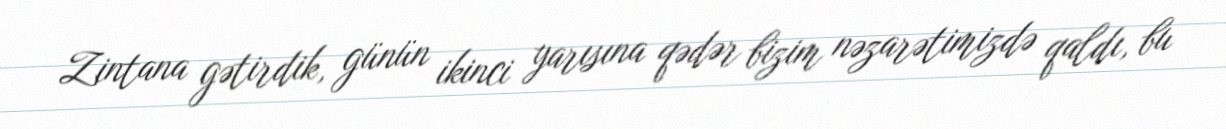
Zintana gətirdik, günün ikinci yarısına qədər bizim nəzarətimizdə qaldı, bu